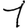
Digit: 1